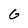
Character: G